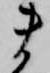
ま